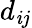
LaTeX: d_{\mathit{i}j}